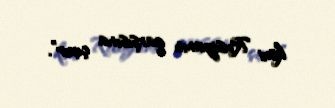
kimi Rusiyanın qarşısına çıxır”.